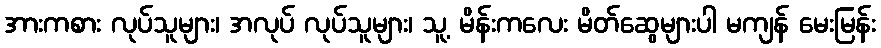
အားကစား လုပ်သူများ၊ အလုပ် လုပ်သူများ၊ သူ့ မိန်းကလေး မိတ်ဆွေများပါ မကျန် မေးမြန်း